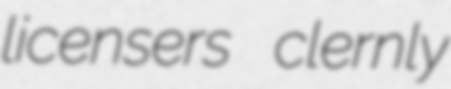
licensers clernly